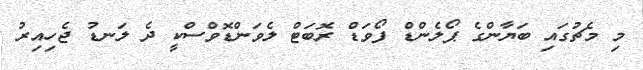
މި މެޗުގައި ބަޔާންގެ ޕޯލެންޑް ފޯވަޑް ރޮބަޓް ލެވަންޑޮވްސްކީ ދެ ލަނޑު ޖެހިއިރު